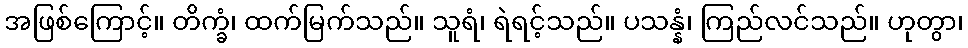
အဖြစ်ကြောင့်။ တိက္ခံ၊ ထက်မြက်သည်။ သူရံ၊ ရဲရင့်သည်။ ပသန္နံ၊ ကြည်လင်သည်။ ဟုတွာ၊